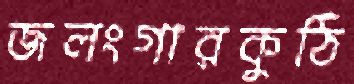
জলংগারকুঠি